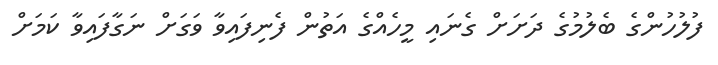
ފުލުހުންގެ ބެލުމުގެ ދަށަށް ގެނައި މީހެއްގެ އަތުން ފެނިފައިވާ ވަގަށް ނަގާފައިވާ ކަމަށް